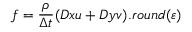
f = \frac { \rho } { \Delta t } ( D x u + D y v ) . r o u n d ( \varepsilon )